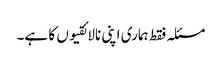
مسئلہ فقط ہماری اپنی نالائقیوں کا ہے۔